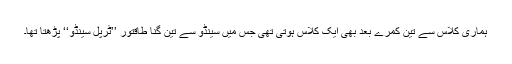
ہماری کلاس سے تین کمرے بعد بھی ایک کلاس ہوتی تھی جس میں سینڈو سے تین گنا طاقتور ’’ٹرپل سینڈو‘‘ پڑھتا تھا۔